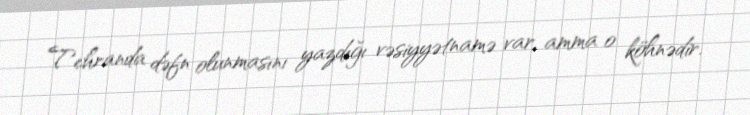
Tehranda dəfn olunmasını yazdığı vəsiyyətnamə var, amma o köhnədir.